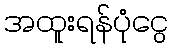
အထူးရန်ပုံငွေ